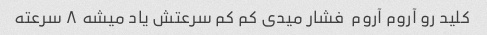
کلید رو آروم آروم  فشار میدی کم کم سرعتش یاد میشه ۸ سرعته